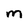
Character: m